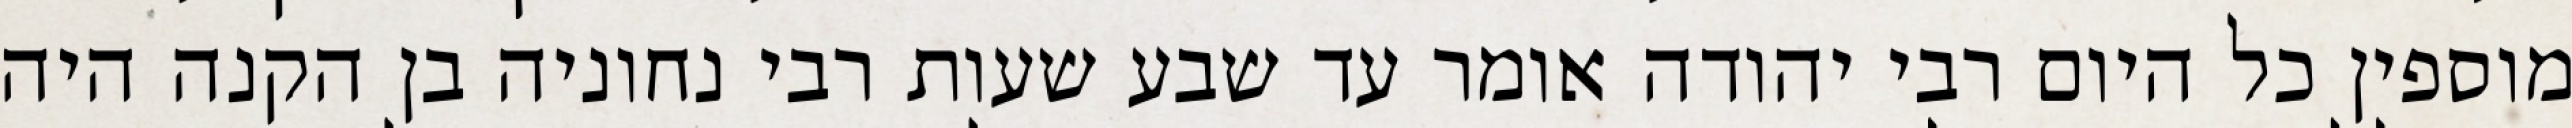
מוספין כל היום רבי יהודה אומר עד שבע שעות רבי נחוניה בן הקנה היה